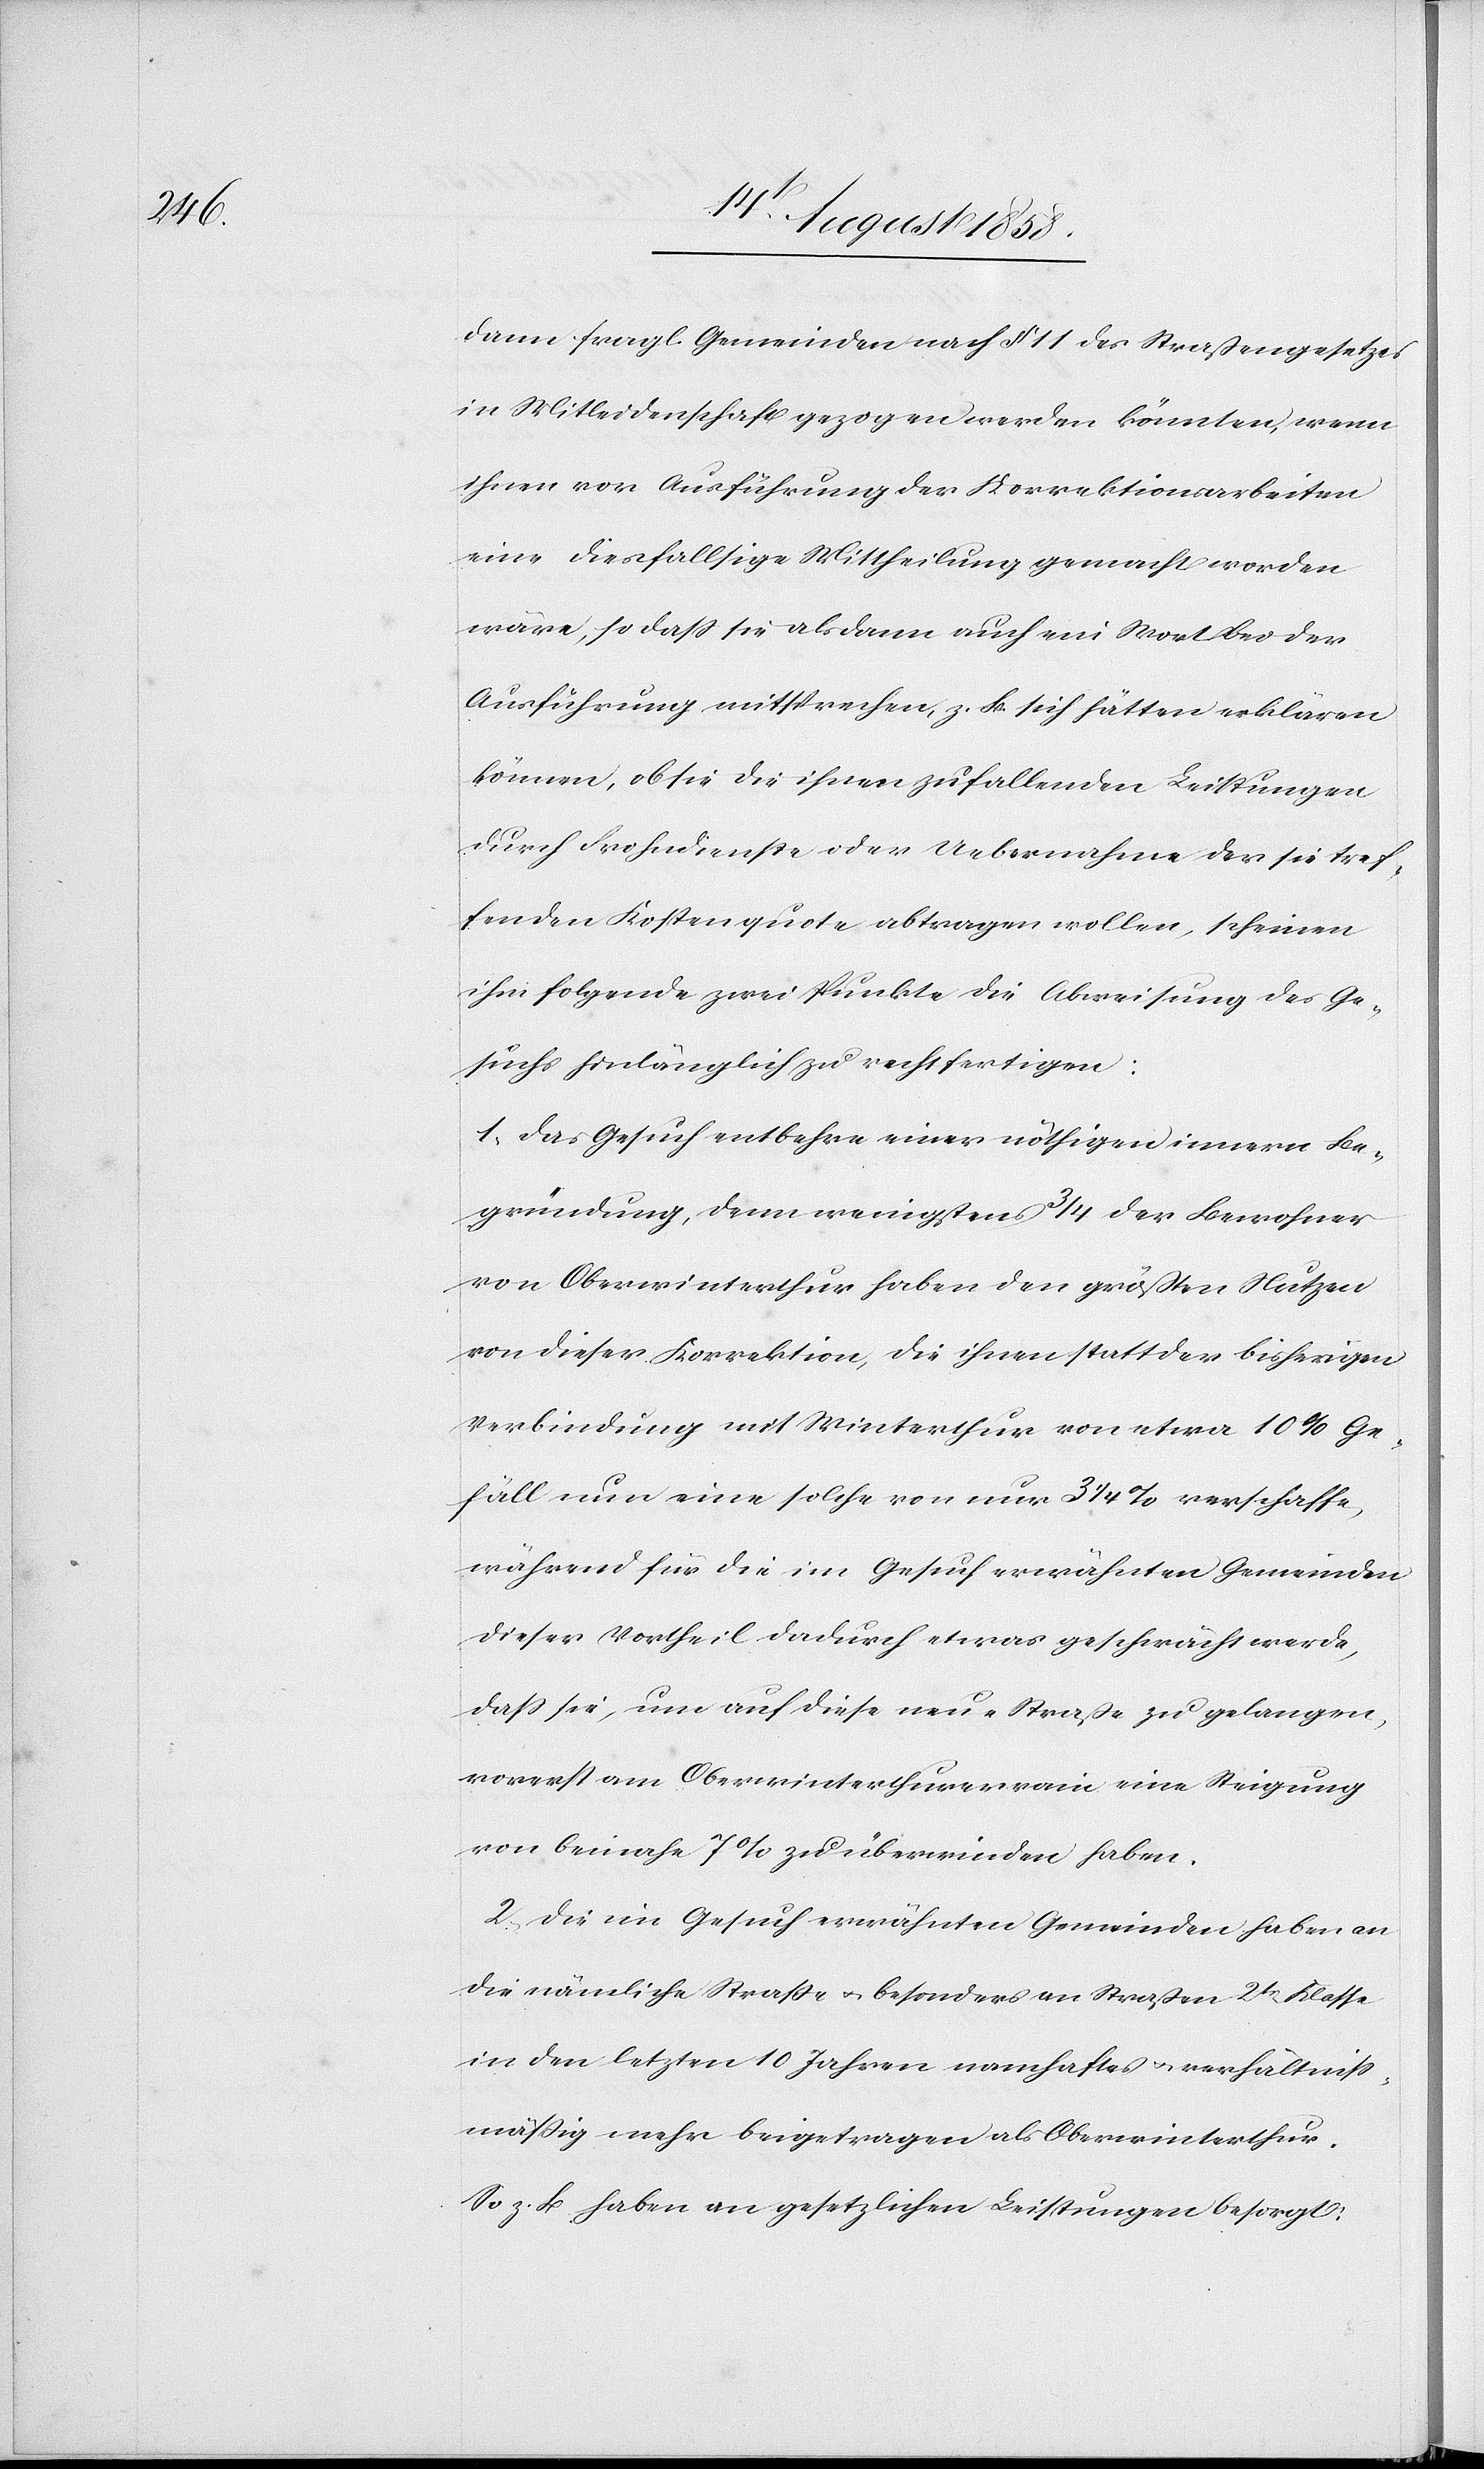
dann fragl. Gemeinden nach § 11 des Straßengesetzes
in Mitleidenschaft gezogen werden könnten, wenn
ihnen vor Ausführung der Korrektionsarbeiten
eine diesfallsige Mittheilung gemacht worden
wäre, so dass sie alsdann auch ein Wort bei der
Ausführung mitsprechen, z. B. sich hätten erklären
können, ob sie die ihnen zufallenden Leistungen
durch Frohndienste oder Uebernahme der sie tref¬
fenden Kostenquote abtragen wollen, scheinen
ihm folgende zwei Punkte die Abweisung des Ge¬
suchs hinlänglich zu rechtfertigen:
1. Das Gesuch entbehre einer nöthigen innern Be¬
gründung, denn wenigstens 3/4 der Bewohner
von Oberwinterthur haben den größten Nutzen
von dieser Korrektion, die ihnen statt der bisherigen
Verbindung mit Winterthur von etwa 10% Ge¬
fäll nun eine solche von nur 3 1/4 % verschaffe,
während für die im Gesuch erwähnten Gemeinden
dieser Vortheil dadurch etwas geschwächt werde,
dass sie, um auf diese neue Straße zu gelangen,
vorerst am Oberwinterthurerrain eine Steigung
von beinahe 7% zu überwinden haben.
2. Die im Gesuch erwähnten Gemeinden haben an
die nämliche Straße & besonders an Straßen 2tr Klasse
in den letzten 10 Jahren namhaftes & verhältniss¬
mässig mehr beigetragen als Oberwinterthur.
So z. B. haben an gesetzlichen Leistungen besorgt: